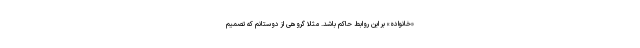
«خانواده» بر این روابط حاکم باشد. مثلاً گروهی از دوستانم که تصمیم